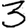
Digit: 3